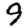
Digit: 9